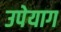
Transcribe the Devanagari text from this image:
उपेयाग